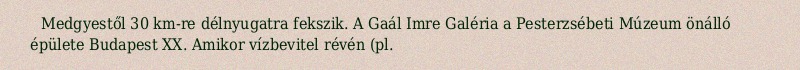
Medgyestől 30 km-re délnyugatra fekszik. A Gaál Imre Galéria a Pesterzsébeti Múzeum önálló épülete Budapest XX. Amikor vízbevitel révén (pl.